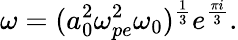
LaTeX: \omega=(a_{0}^{2}\omega_{pe}^{2}\omega_{0})^{\frac{1}{3}}e^{\frac{\pi i}{3}}.